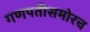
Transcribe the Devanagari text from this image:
गणपतीसमोरच